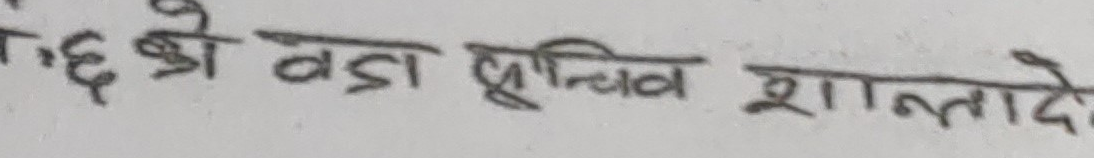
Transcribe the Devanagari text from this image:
सं.६ छो वडा प्रविण शाल्कादे